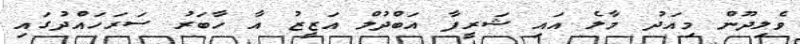
ވެލިދޫން މިއަދު މާލެ އައި ޝަރީފާ އަބްދުލް އަޒީޒު އާ ހާބަރު ސަރަހައްދުގައި